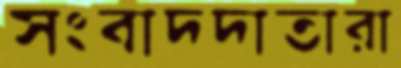
সংবাদদাতারা